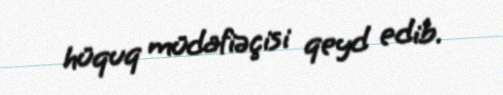
hüquq müdafiəçisi qeyd edib.